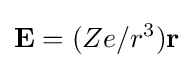
\mathbf {E} =(Ze/r^{3})\mathbf {r}